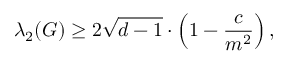
\lambda _ { 2 } ( G ) \geq 2 { \sqrt { d - 1 } } \cdot \left( 1 - { \frac { c } { m ^ { 2 } } } \right) ,